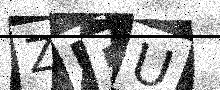
Text: ZP5U